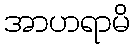
အာဟရာမိ